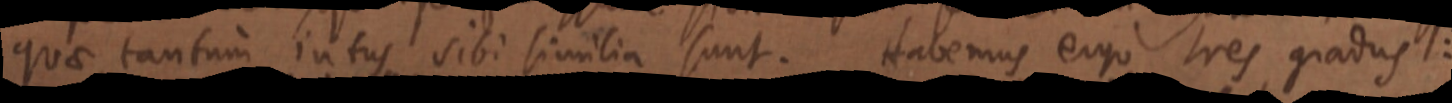
quae tantum intus sibi similia sunt. Habemus ergo tres gradus :